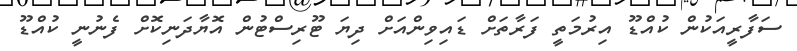
ސަފާރީއަކުން ކުއްޑޫ އިރުމަތީ ފަރާތަށް ޑައިވިންއަށް ދިޔަ ޓޫރިސްޓުން އޮޔާދަނިކޮށް ފެނުނީ ކުއްޑޫ